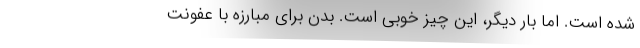
شده است. اما بار دیگر، این چیز خوبی است. بدن برای مبارزه با عفونت